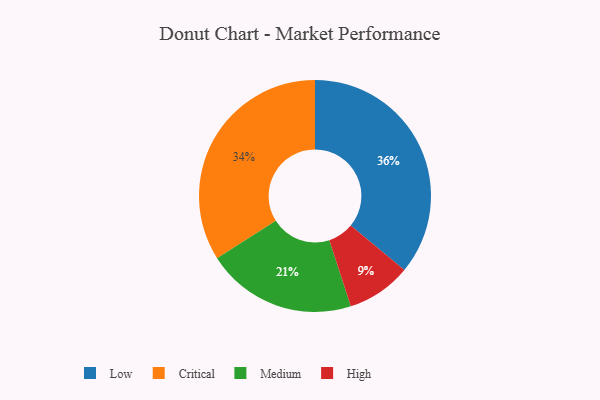
{"axis": {"x": "Category", "y": "Percentage"}, "legend": ["Critical", "High", "Low", "Medium"], "data": [{"x": "Low", "y": 36, "type": "Low"}, {"x": "Medium", "y": 21, "type": "Medium"}, {"x": "High", "y": 9, "type": "High"}, {"x": "Critical", "y": 34, "type": "Critical"}]}